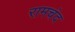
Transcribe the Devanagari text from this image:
रामचंद